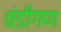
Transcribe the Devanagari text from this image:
चंडीगण